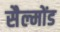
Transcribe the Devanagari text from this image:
सैल्मोंड